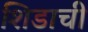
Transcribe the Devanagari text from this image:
शिडाची